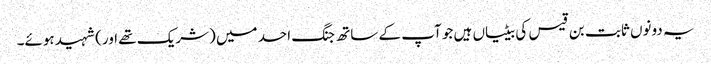
یہ دونوں ثابت بن قیس کی بیٹیاں ہیں جو آپ کے ساتھ جنگ احد میں (شریک تھے اور) شہید ہوئے۔